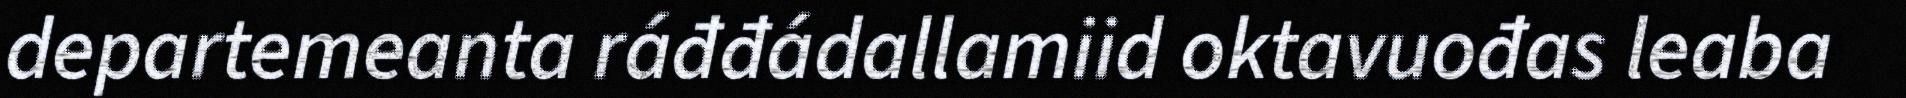
departemeanta ráđđádallamiid oktavuođas leaba